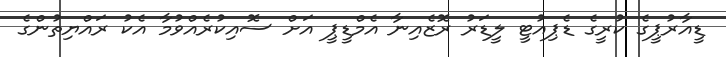
ޑީއާރުޕީގެ ކުރީގެ ޑެޕިއުޓީ ލީޑަރު ރޮޒެއިނާ އެމްޑީޕީ އަށް ސޮއިކުރެއްވުމާ އެކު ރައްޔިތުންގެ